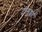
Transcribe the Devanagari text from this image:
टीनडा